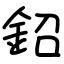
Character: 鉊